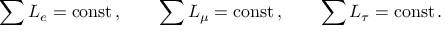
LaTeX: \sum { L _ { e } } = \mathrm { c o n s t } \, , \qquad \sum { L _ { \mu } } = \mathrm { c o n s t } \, , \qquad \sum { L _ { \tau } } = \mathrm { c o n s t } \, .